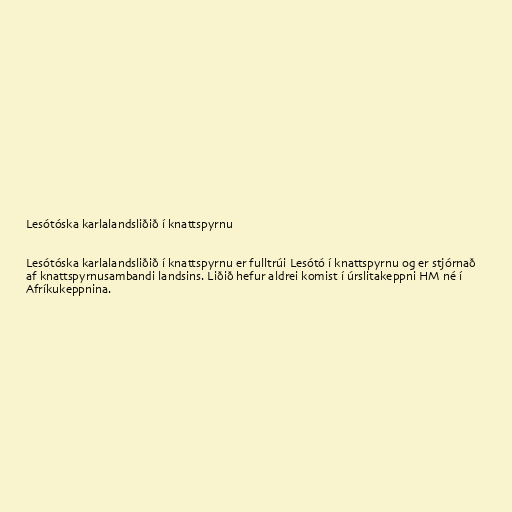
Lesótóska karlalandsliðið í knattspyrnu

Lesótóska karlalandsliðið í knattspyrnu er fulltrúi Lesótó í knattspyrnu og er stjórnað
af knattspyrnusambandi landsins. Liðið hefur aldrei komist í úrslitakeppni HM né í
Afríkukeppnina.